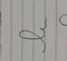
Signature authenticity: forged